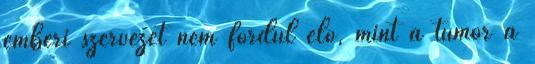
emberi szervezet nem fordul elő, mint a tumor a